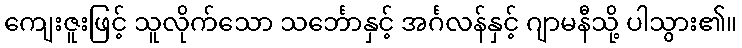
ကျေးဇူးဖြင့် သူလိုက်သော သင်္ဘောနှင့် အင်္ဂလန်နှင့် ဂျာမနီသို့ ပါသွား၏။